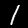
Digit: 1